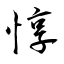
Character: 惇